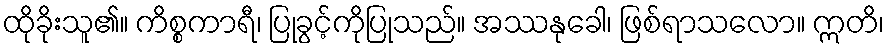
ထိုခိုးသူ၏။ ကိစ္စကာရီ၊ ပြုခွင့်ကိုပြုသည်။ အဿနုခေါ၊ ဖြစ်ရာသလော။ ဣတိ၊